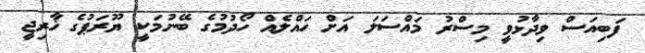
ފަބިއަސް ވިދާޅުވީ މިސްރު މައްސަލަ އަށް ހައްލެއް ހޯދުމުގެ ބޭނުމަކީ ޔޫރަޕުގެ ޚާރިޖީ